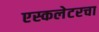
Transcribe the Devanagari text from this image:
एस्कलेटरचा